Punjab Mental Hospital Lahore 1922-31 - 1922-1931
Year: 1922
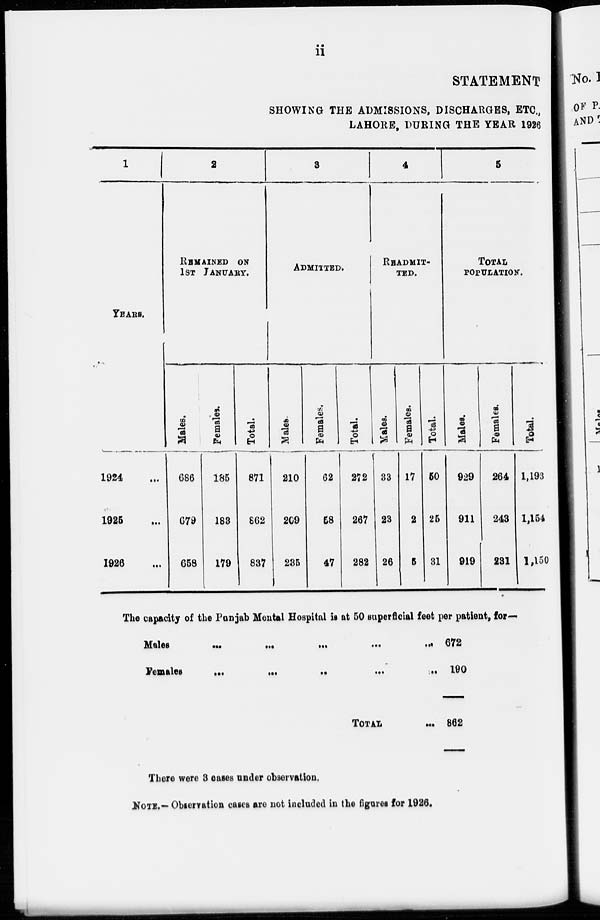
ii
STATEMENT
SHOWING THE ADMISSIONS, DISCHARGES, ETC.,
LAHORE, DURING THE YEAR 1926
1
YEARS.
1924 ...
1925 ...
1926 ...
2
REMAINED ON
1ST JANUARY.
Males.
686
679
658
Females.
185
183
179
Total.
871
862
837
3
ADMITTED.
Males.
210
209
235
Females.
62
58
47
Total.
272
267
282
4
READMIT-
---.
Males.
33
23
26
Females.
17
2
5
Total.
50
25
31
5
TOTAL
POPULATION.
Males.
929
911
919
Females.
264
243
231
Total.
1,193
1,154
1,150
The capacity of the Punjab Mental Hospital is at 50 superficial feet per patient, for—
Males ... ... ... ... ...
Females
...
...
...
...
...
TOTAL ...
672
190
862
There were 3 cases under observation,
NOTE— Observation cases are not included in the figures for 1926.